Statistical return of the lunatic asylum in Assam - 1912-1932
Year: 1912
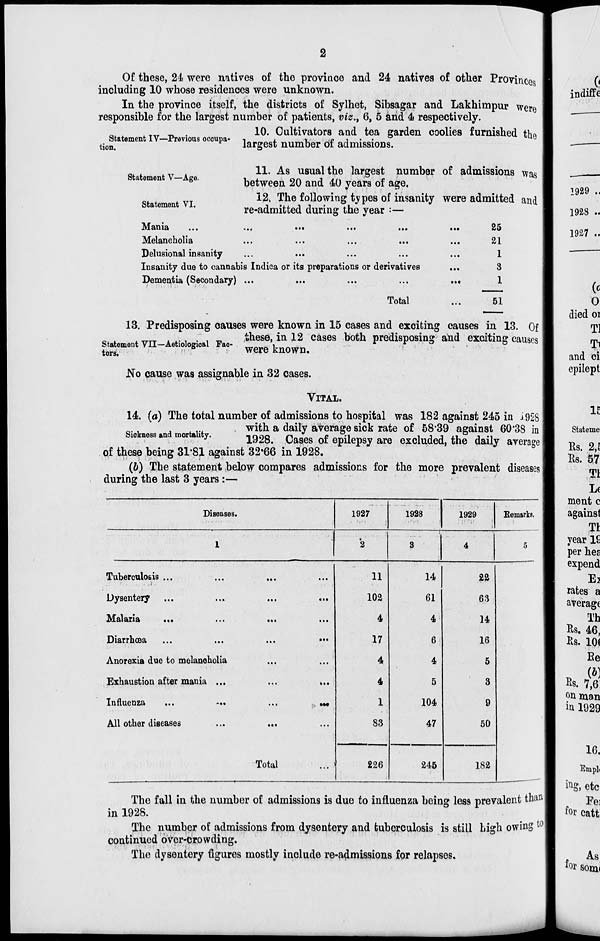
Of these, 24 were natives of the province and 24 natives of other Provinces
including 10 whose residences were unknown.
In the province itself, the districts of Sylhet, Sibsagar and Lakhimpur were
responsible for the largest number of patients, viz., 6, 5 and 4 respectively.
„ T „ .
10. Cultivators and tea garden coolies furnished th*
^Statement IV-Pravaous occupa- ^^ number ^ admissions
&
Statement V—Age.
Statement VI,
11. As usual the largest number of admissions was
between 20 and 40 years of age.
12, The following types of insanity were admitted and
re-admitted during the year :—
Mama
...
..«
•••
...
...
Melancholia
Delusional insanity
Insanity due to cannabis Indica or its preparations or derivatives
Dementia (Secondary) ...
Total
25
21
1
8
1
51
13. Predisposing causes were known in 15 cases and exciting causes in 13. Of
. ^T 1r .., • , x,
these, in 12 cases both predisposing and exciting causes
No cause was assignable in 32 cases.
VITAL.
14. (a) The total number of admissions to hospital was 182 against 245 in J.928
. ...
. with a daily average sick rate of 58"39 against 60*38 in
Sickness and mortality.
im
^^ rf epUepsy arQ excludedj the dai]y ay
of these being 31-81 against 32*66 in 1928.
{b) The statement below compares admissions for the more prevalent diseases
during the last 3 years :—
Diseases.
1927
1928
1929
Remarks.
1
■
*
2
3
4
5
Tuberculosis ...
...
...
11
14
22
Dysentery
...
...
102
61
6:3
Malaria
...
...
...
4
4
14
Diarrhoea
...
...
17
6
16
Anorexia due to melancholia
...
...
4
4
5
Exhaustion after mania ...
...
»••
4
5
3
Influenza
...
-..
...
tM
1
104
9
All other diseases
...
...
83
47
50
Total
226
245
182
The fall in the number of admissions is duo to influenza being less prevalent than
in 1928.
The number of admissions from dysentery and tuberculosis is still Ligh owing to l
continued over-crowding.
The dysentery figures mostly include re-admissions for relapses.